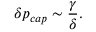
\delta { p } _ { c a p } \sim \frac { \gamma } { \delta } .